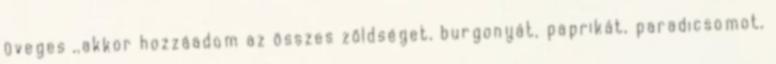
üveges ,,akkor hozzáadom az összes zöldséget, burgonyát, paprikát, paradicsomot,